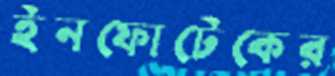
ইনফোটেকের